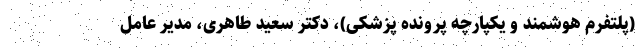
(پلتفرم هوشمند و یکپارچه پرونده پزشکی)، دکتر سعید طاهری، مدیر عامل